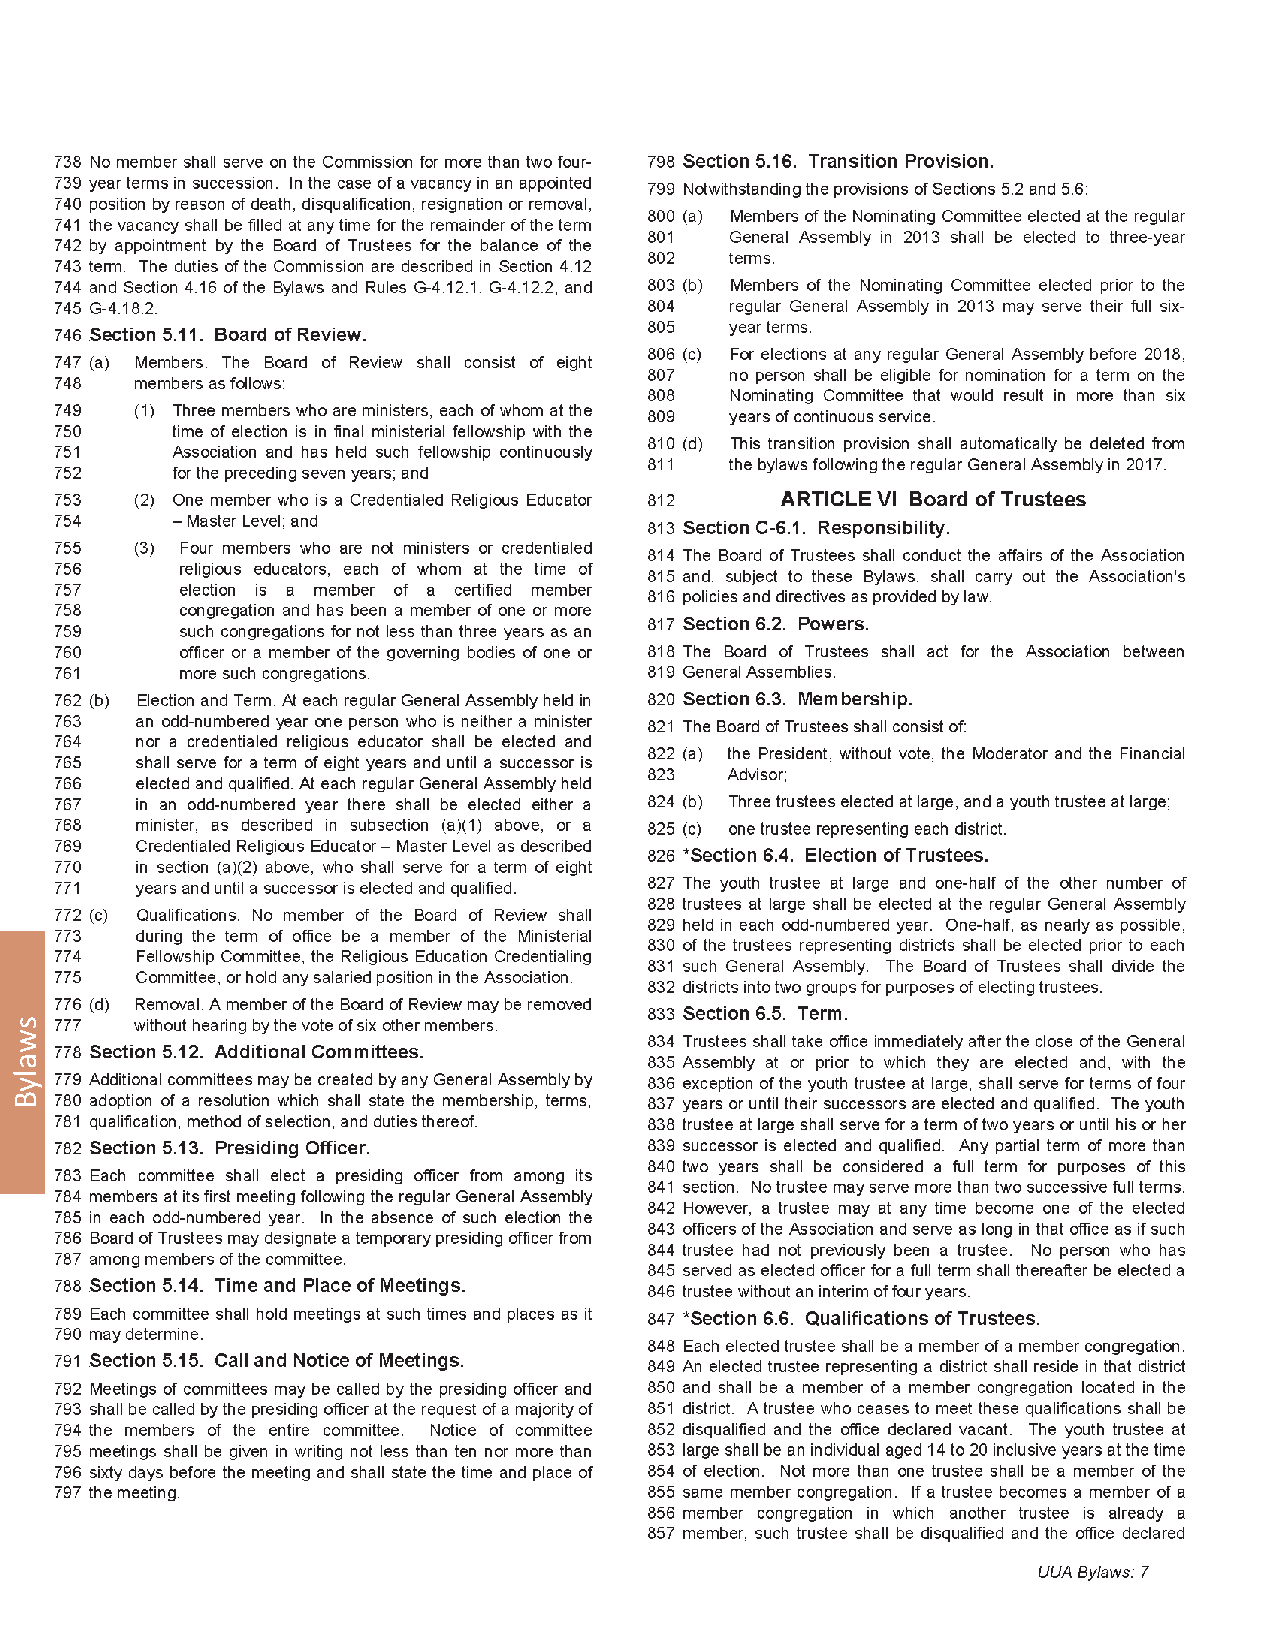
120                                                        2012 General Assembly
 swalyB